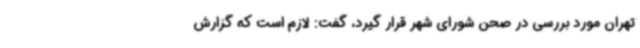
تهران مورد بررسی در صحن شورای شهر قرار گیرد، گفت: لازم است که گزارش